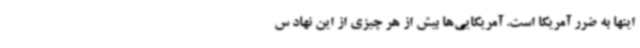
اینها به ضرر آمریکا است. آمریکایی‌ها بیش از هر چیزی از این نهاد س